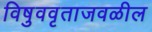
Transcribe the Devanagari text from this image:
विषुववृताजवळील